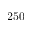
2 5 0